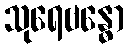
သုရေဗန္ဓော